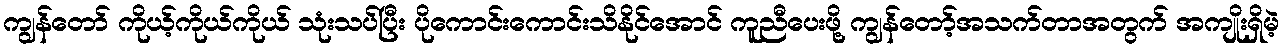
ကျွန်တော် ကိုယ့်ကိုယ်ကိုယ် သုံးသပ်ပြီး ပိုကောင်းကောင်းသိနိုင်အောင် ကူညီပေးဖို့ ကျွန်တော့်အသက်တာအတွက် အကျိုးရှိမဲ့